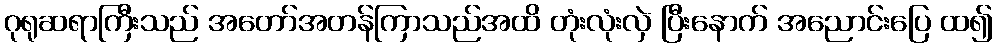
ဂုရုဆရာကြီးသည် အတော်အတန်ကြာသည်အထိ တုံးလုံးလှဲ ပြီးနောက် အညောင်းပြေ ထ၍